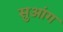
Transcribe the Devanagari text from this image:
सुआंग